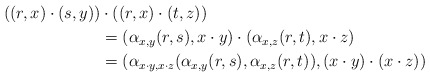
\begin{align*}((r,x)\cdot (s,y))&\cdot ((r,x)\cdot (t,z))\\&= (\alpha_{x,y}(r,s),x\cdot y)\cdot (\alpha_{x,z}(r,t),x\cdot z)\\&=(\alpha_{x\cdot y,x\cdot z}(\alpha_{x,y}(r,s),\alpha_{x,z}(r,t)),(x\cdot y)\cdot (x\cdot z))\end{align*}